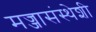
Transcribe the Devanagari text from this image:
मज्जासंस्थेशी